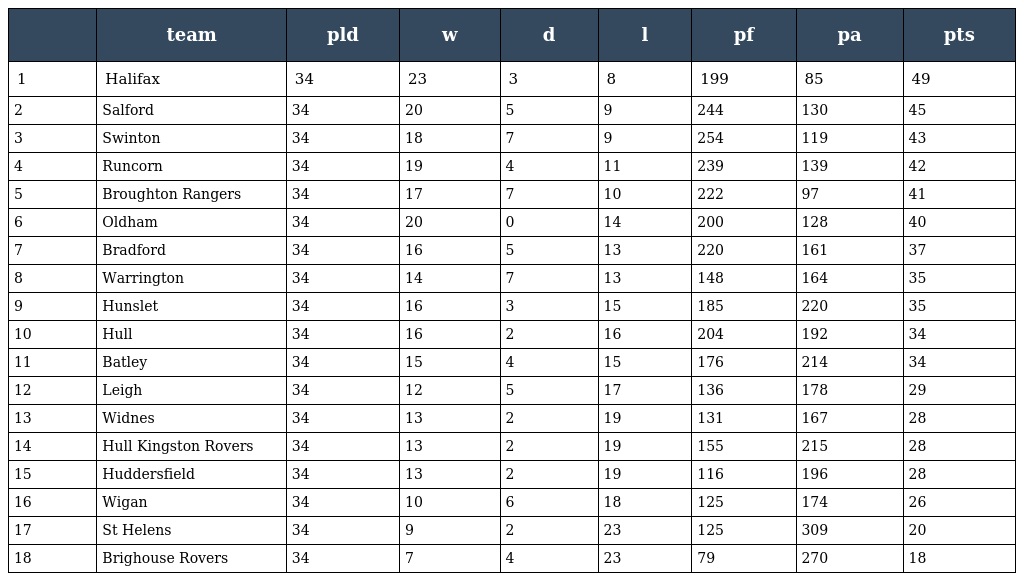
|  | team | pld | w | d | l | pf | pa | pts |
 | --- | --- | --- | --- | --- | --- | --- | --- | --- |
 | 1 | Halifax | 34 | 23 | 3 | 8 | 199 | 85 | 49 |
 | 2 | Salford | 34 | 20 | 5 | 9 | 244 | 130 | 45 |
 | 3 | Swinton | 34 | 18 | 7 | 9 | 254 | 119 | 43 |
 | 4 | Runcorn | 34 | 19 | 4 | 11 | 239 | 139 | 42 |
 | 5 | Broughton Rangers | 34 | 17 | 7 | 10 | 222 | 97 | 41 |
 | 6 | Oldham | 34 | 20 | 0 | 14 | 200 | 128 | 40 |
 | 7 | Bradford | 34 | 16 | 5 | 13 | 220 | 161 | 37 |
 | 8 | Warrington | 34 | 14 | 7 | 13 | 148 | 164 | 35 |
 | 9 | Hunslet | 34 | 16 | 3 | 15 | 185 | 220 | 35 |
 | 10 | Hull | 34 | 16 | 2 | 16 | 204 | 192 | 34 |
 | 11 | Batley | 34 | 15 | 4 | 15 | 176 | 214 | 34 |
 | 12 | Leigh | 34 | 12 | 5 | 17 | 136 | 178 | 29 |
 | 13 | Widnes | 34 | 13 | 2 | 19 | 131 | 167 | 28 |
 | 14 | Hull Kingston Rovers | 34 | 13 | 2 | 19 | 155 | 215 | 28 |
 | 15 | Huddersfield | 34 | 13 | 2 | 19 | 116 | 196 | 28 |
 | 16 | Wigan | 34 | 10 | 6 | 18 | 125 | 174 | 26 |
 | 17 | St Helens | 34 | 9 | 2 | 23 | 125 | 309 | 20 |
 | 18 | Brighouse Rovers | 34 | 7 | 4 | 23 | 79 | 270 | 18 |